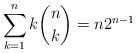
LaTeX: \begin{align*} \sum_{k=1}^n k\binom{n}{k} = n2^{n-1}\end{align*}